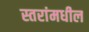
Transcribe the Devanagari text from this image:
स्तरांमधील